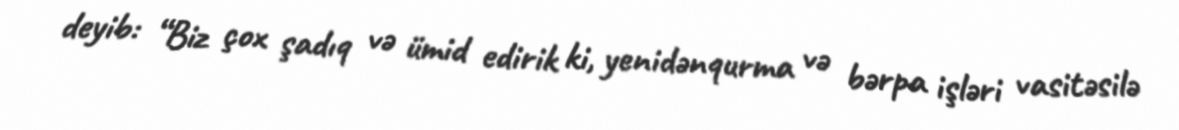
deyib: “Biz çox şadıq və ümid edirik ki, yenidənqurma və bərpa işləri vasitəsilə